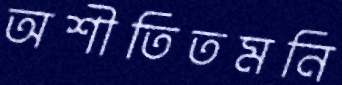
অশীতিতমনি